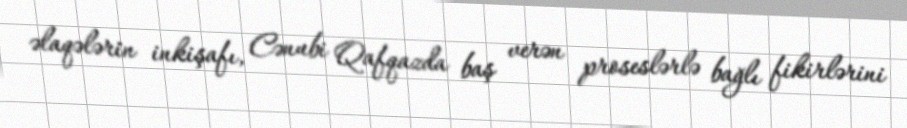
əlaqələrin inkişafı, Cənubi Qafqazda baş verən proseslərlə bağlı fikirlərini